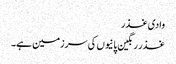
وادی غذر
غذر رنگین پانیوں کی سرزمین ہے۔